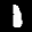
Label: 1